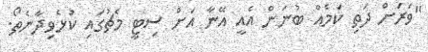
"ވަރަށް ދަތި ކަމެއް ބުނަން އެއީ އޭނާ އަށް ސިޓީ މެޗުގައި ކުޅެވިދާނެތޯ.